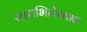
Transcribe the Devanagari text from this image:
स्तराभिलेखात